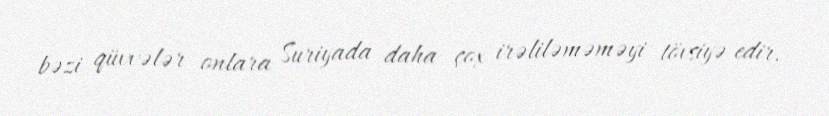
bəzi qüvvələr onlara Suriyada daha çox irəliləməməyi tövsiyə edir.